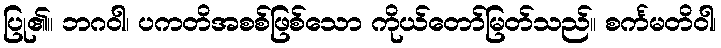
ပြု၏။ ဘဂဝါ၊ ပကတိအစစ်ဖြစ်သော ကိုယ်တော်မြတ်သည်။ စင်္ကမတိဝါ၊